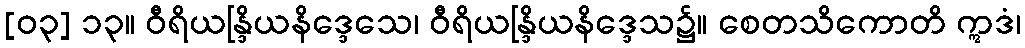
[၀၃] ၁၃။ ဝီရိယန္ဒြိယနိဒ္ဒေသေ၊ ဝီရိယန္ဒြိယနိဒ္ဒေသ၌။ စေတသိကောတိ ဣဒံ၊